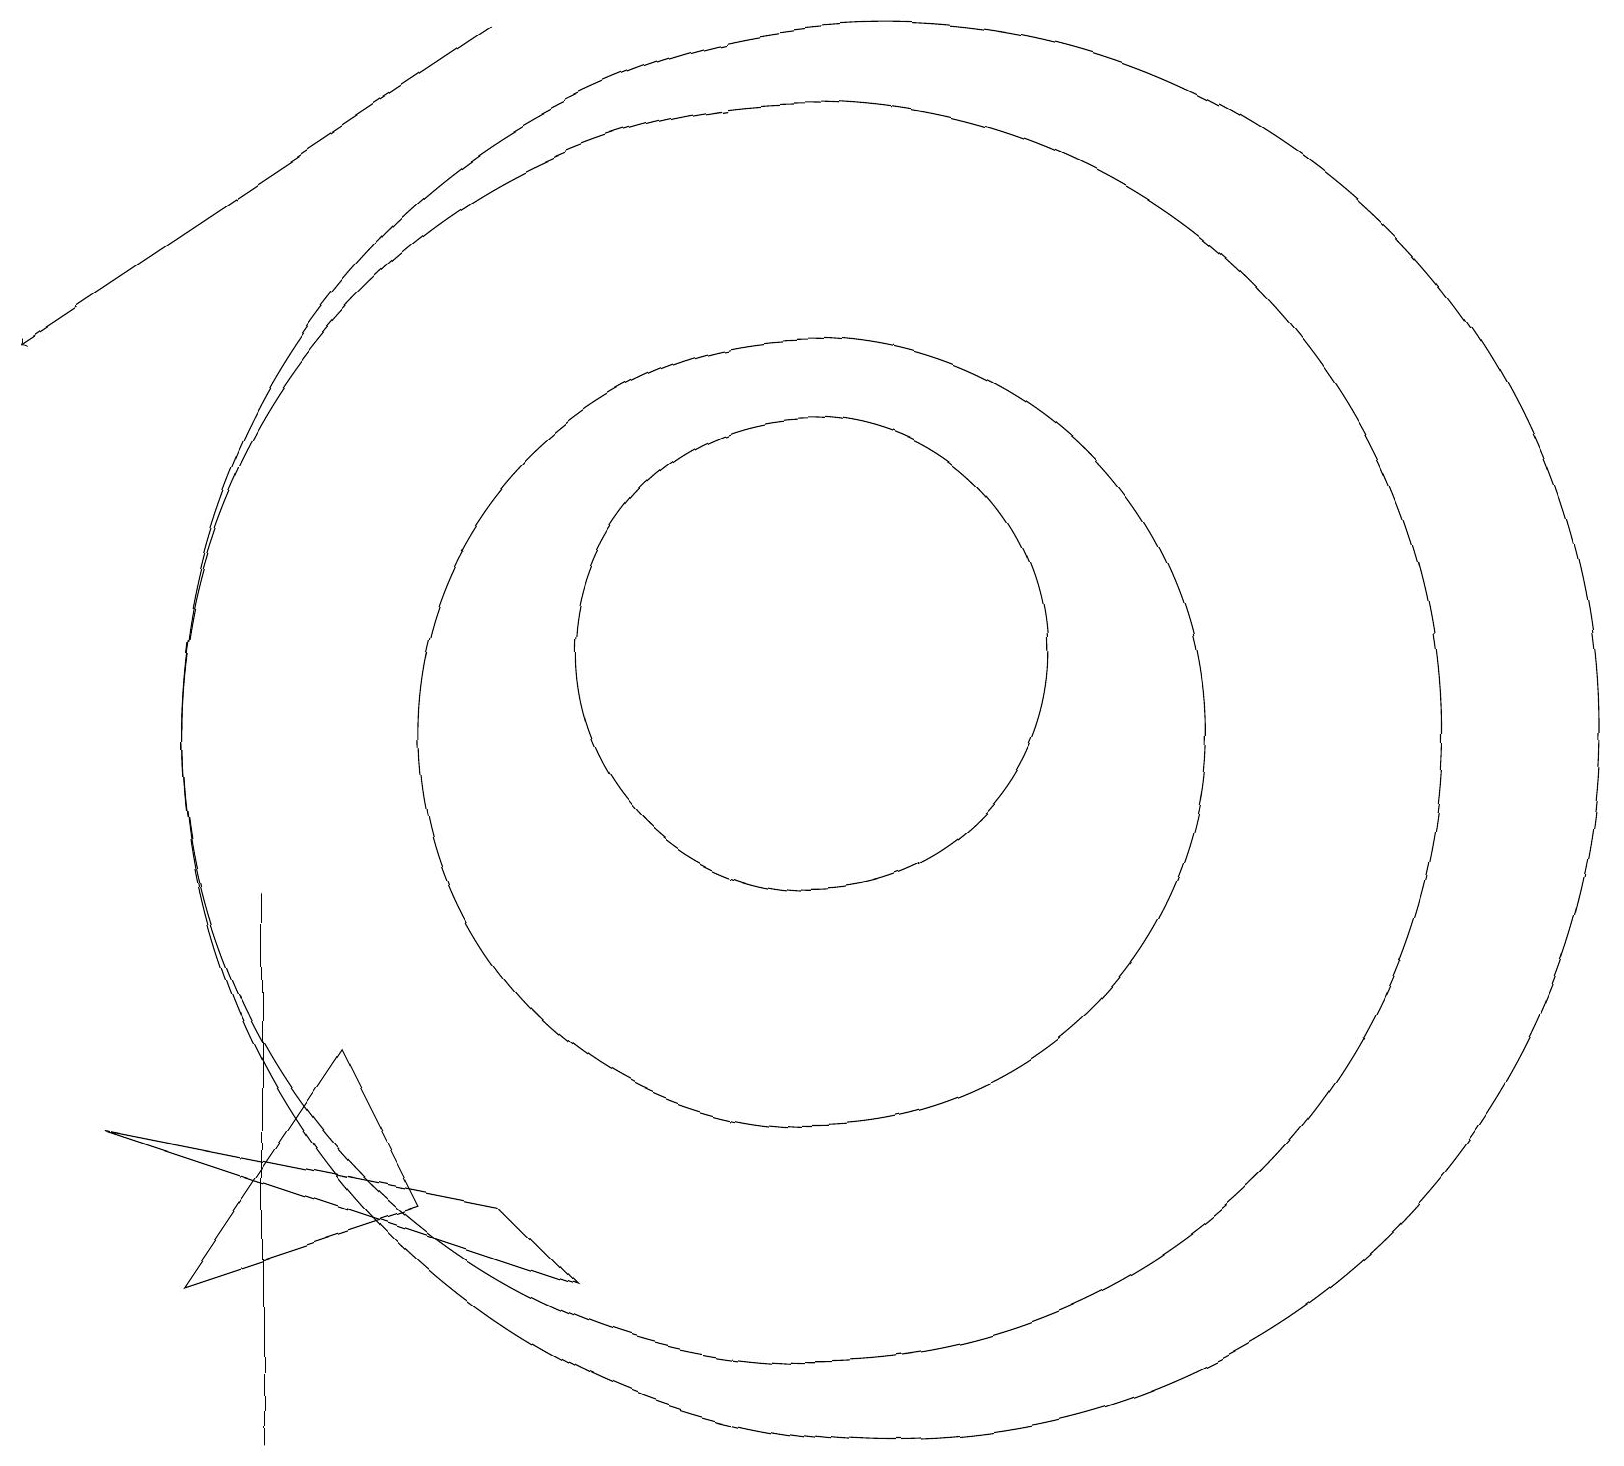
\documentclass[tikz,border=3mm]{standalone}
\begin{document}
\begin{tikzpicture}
\draw (4,8) -- (4,8) -- (4,1) -- cycle;
\draw (2,5) -- (7,4) -- (8,3) -- cycle;
\draw (11,10) circle (5);
\draw (12,10) circle (9);
\draw (6,4) -- (5,6) -- (3,3) -- cycle;
\draw (11,10) circle (8);
\draw (11,11) circle (3);
\draw[->] (7,19) -- (1,15);
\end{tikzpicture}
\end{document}